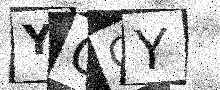
Text: YOQY